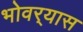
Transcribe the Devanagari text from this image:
भोवर्‍यास